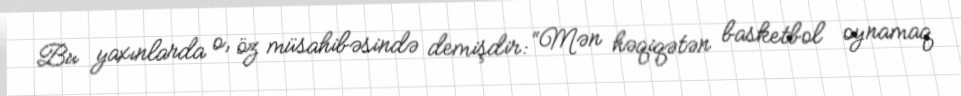
Bu yaxınlarda o, öz müsahibəsində demişdir: “Mən həqiqətən basketbol oynamaq